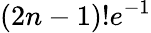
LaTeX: (2n-1)!e^{-1}